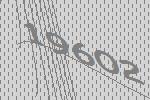
19602